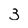
Character: 3